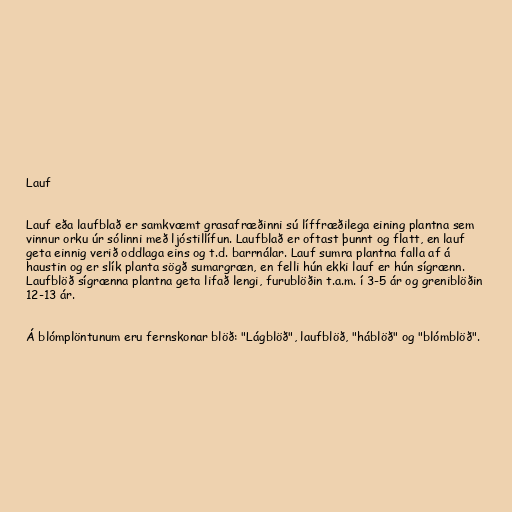
Lauf

Lauf eða laufblað er samkvæmt grasafræðinni sú líffræðilega eining plantna sem
vinnur orku úr sólinni með ljóstillífun. Laufblað er oftast þunnt og flatt, en lauf
geta einnig verið oddlaga eins og t.d. barrnálar. Lauf sumra plantna falla af á
haustin og er slík planta sögð sumargræn, en felli hún ekki lauf er hún sígrænn.
Laufblöð sígrænna plantna geta lifað lengi, furublöðin t.a.m. í 3-5 ár og greniblöðin
12-13 ár.

Á blómplöntunum eru fernskonar blöð: "Lágblöð", laufblöð, "háblöð" og "blómblöð".